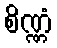
စိဏ္ဏံ